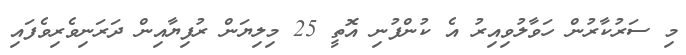
މި ސަރުކާރުން ހަވާލުވިއިރު އެ ކުންފުނި އޮތީ 25 މިލިޔަން ރުފިޔާއިން ދަރަނިވެރިވެފައި